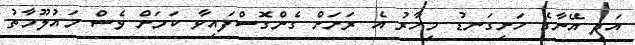
އަދި އޭނާގެ ހަށިގަނޑު މިހާރު އެ ރަށަށް ގެންގޮސްފައިވާ ކަމަށް ވެސް މައުލޫމާތު